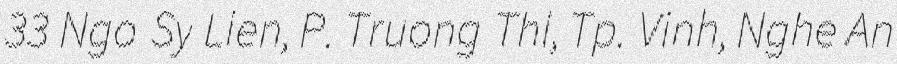
33 Ngo Sy Lien, P. Truong Thi, Tp. Vinh, Nghe An